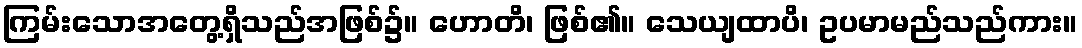
ကြမ်းသောအတွေ့ရှိသည်အဖြစ်၌။ ဟောတိ၊ ဖြစ်၏။ သေယျထာပိ၊ ဥပမာမည်သည်ကား။